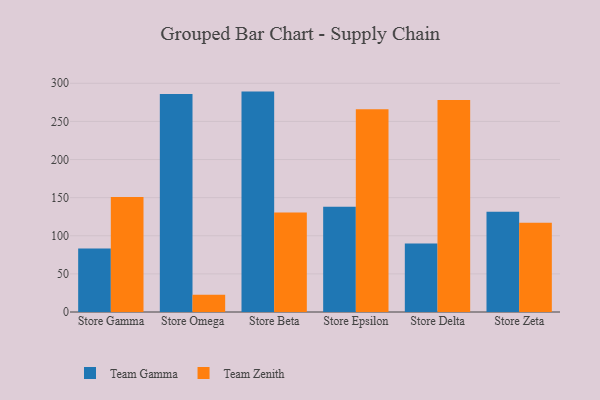
{"axis": {"x": "Store", "y": "Population (Million)"}, "legend": ["Team Gamma", "Team Zenith"], "data": [{"x": "Store Gamma", "y": 83.4, "type": "Team Gamma"}, {"x": "Store Gamma", "y": 151.0, "type": "Team Zenith"}, {"x": "Store Omega", "y": 286.0, "type": "Team Gamma"}, {"x": "Store Omega", "y": 22.5, "type": "Team Zenith"}, {"x": "Store Beta", "y": 289.1, "type": "Team Gamma"}, {"x": "Store Beta", "y": 130.5, "type": "Team Zenith"}, {"x": "Store Epsilon", "y": 138.2, "type": "Team Gamma"}, {"x": "Store Epsilon", "y": 266.0, "type": "Team Zenith"}, {"x": "Store Delta", "y": 89.9, "type": "Team Gamma"}, {"x": "Store Delta", "y": 278.1, "type": "Team Zenith"}, {"x": "Store Zeta", "y": 131.6, "type": "Team Gamma"}, {"x": "Store Zeta", "y": 117.0, "type": "Team Zenith"}]}